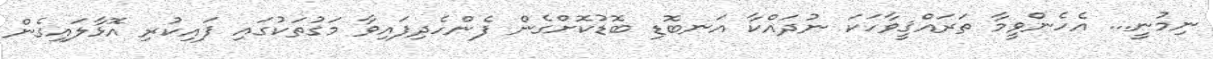
ނިމުނީ... އެހެންވީމާ ތަރައްޤީވާހަކަ ނުދައްކާ އަނބޮޑި ބޮޑުކޮށްގެން ފެންހެދިފައިވާ މަގުތަކުގައި ފައިކުރި އޮޅާލައިގެން